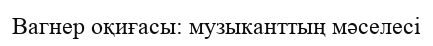
Вагнер оқиғасы: музыканттың мәселесі